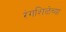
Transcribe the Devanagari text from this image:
रंगशिळेच्या